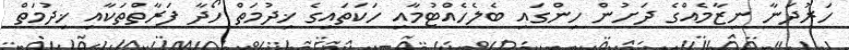
ހަރުދަނާ ނިޒާމެއްގެ ދަށުން ހިންގައި ބެލެހެއްޓުމާއި ހަކަތައިގެ ޚިދުމަތް ހޯދާ ފަރާތްތަކާއި ޚިދުމަތް